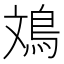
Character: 鳼